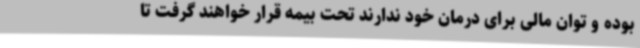
بوده و توان مالی برای درمان خود ندارند تحت بیمه قرار خواهند گرفت تا